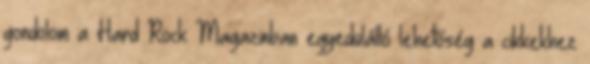
gondolom a Hard Rock Magazinban egyedülálló lehetőség a cikkekhez